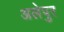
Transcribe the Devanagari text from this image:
अलेपुर